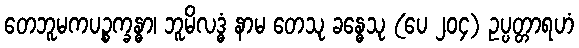
တေဘူမကပဉ္စက္ခန္ဓာ၊ ဘူမိလဒ္ဓံ နာမ တေသု ခန္ဓေသု (ပေ ၂၀၄) ဥပ္ပတ္တာရဟံ